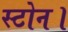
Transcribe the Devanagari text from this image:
स्टोन।